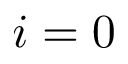
i = 0